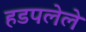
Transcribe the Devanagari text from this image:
हडपलेले